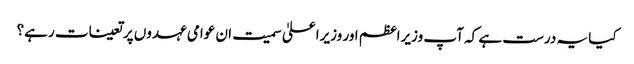
کیا یہ درست ہے کہ آپ وزیراعظم اور وزیراعلیٰ سمیت ان عوامی عہدوں پر تعینات رہے؟